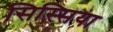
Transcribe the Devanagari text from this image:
सिस्सिया